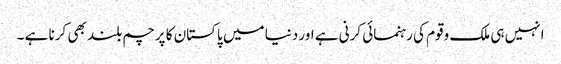
انہیں ہی ملک وقوم کی رہنمائی کرنی ہے اور دنیا میں پاکستان کا پرچم بلند بھی کرنا ہے ۔